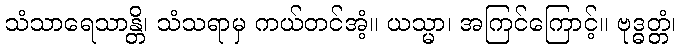
သံသာရေသာန္တိ၊ သံသရာမှ ကယ်တင်အံ့။ ယသ္မာ၊ အကြင်ကြောင့်။ ဗုဒ္ဓတ္တံ၊